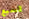
لسبع